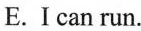
E.I can run.